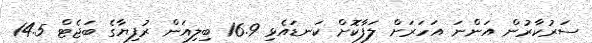
ސަރުކާރުން އަންނަ އަހަރަށް ލަފާކޮށް ކަނޑައެޅި 16.9 ބިލިއަން ރުފިޔާގެ ބަޖެޓް 14.5